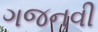
ગજનવી